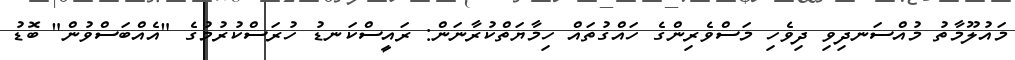
މައުލޫމާތު މުއްސަނދިވި ދިވެހި މަސްވެރިންގެ ހައްގުތައް ހިމާޔަތްކުރާނަން: ރައީސްކަނޑު ހުރަސްކުރުމުގެ "އެއްބަސްވުން" ބޮޑު